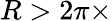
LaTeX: R>2\pi\times